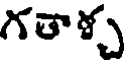
గతాళ్చ